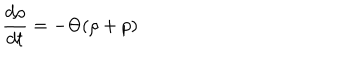
\frac { d \rho } { d t } = - \Theta ( \rho + p )